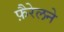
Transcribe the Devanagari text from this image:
फ़ैरेलने